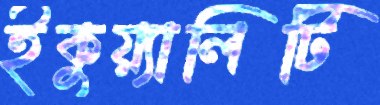
ইকুয়্যালিটি